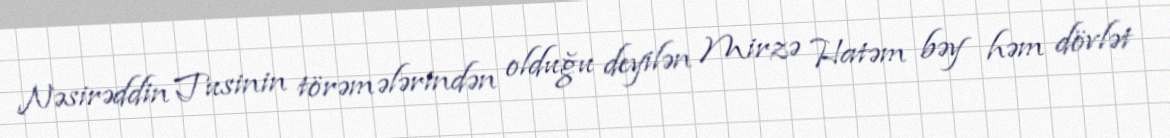
Nəsirəddin Tusinin törəmələrindən olduğu deyilən Mirzə Hatəm bəy həm dövlət